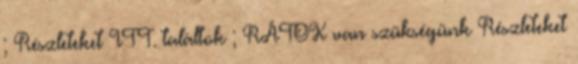
; Részleteket ITT. találtok ; RÁTOK van szükségünk Részleteket